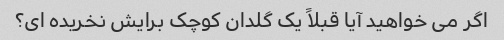
اگر می خواهید آیا قبلاً یک گلدان کوچک برایش نخریده ای؟